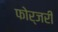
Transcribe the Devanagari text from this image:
फोर्जरी